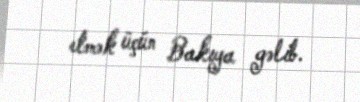
etmək üçün Bakıya gəlib.